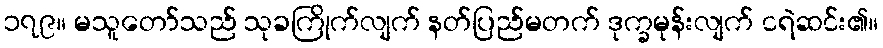
၁၇၉။ မသူတော်သည် သုခကြိုက်လျက် နတ်ပြည်မတက် ဒုက္ခမုန်းလျက် ငရဲဆင်း၏။